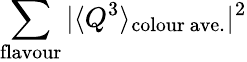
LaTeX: \sum_{\mathrm{flavour}}\vert\langle Q^{3}\rangle_{\mathrm{colour~ave.}}\vert^{2}